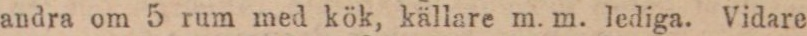
andra om 5 rum med kök, källare m. m. lediga. Vidare